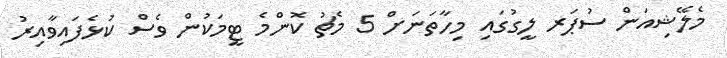
މެލޭޝިއަން ސުޕަރ ލީގުގައި މިހާތަނަށް 5 މެޗު ކޮންމެ ޓީމަކުން ވެސް ކުޅެފައިވާއިރު